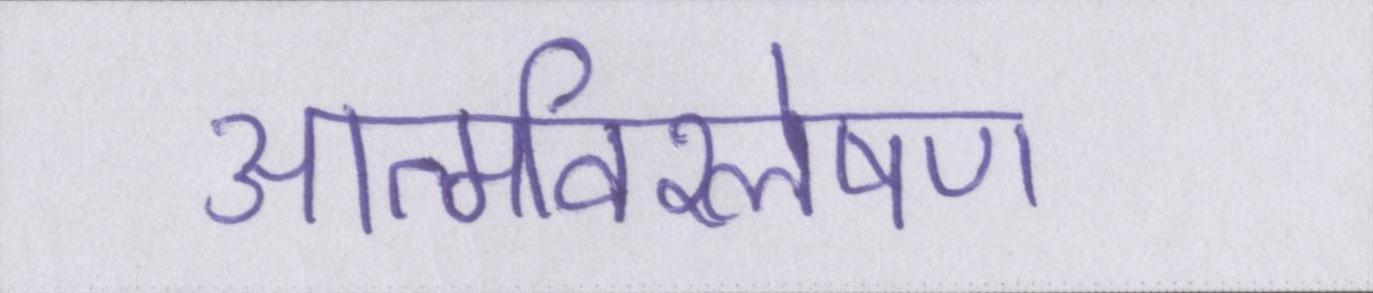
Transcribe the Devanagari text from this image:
आत्मविश्लेषण